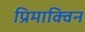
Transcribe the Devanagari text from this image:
प्रिमाक्विन